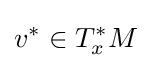
v^{*}\in T_{x}^{*}M